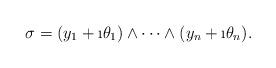
LaTeX: \begin{align*}\sigma=(y_1+\i \theta_1)\wedge\dots\wedge(y_n+\i \theta_n).\end{align*}